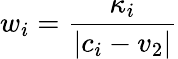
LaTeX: w_{i}=\frac{\kappa_{i}}{|c_{i}-v_{2}|}